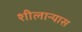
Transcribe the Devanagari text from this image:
शीलान्यास